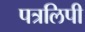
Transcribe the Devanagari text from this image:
पत्रलिपी